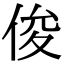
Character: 俊